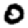
Digit: 0